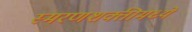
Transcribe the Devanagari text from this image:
स्मरणशक्तीमध्ये